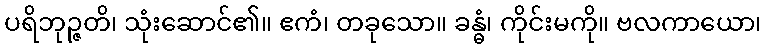
ပရိဘုဉ္ဇတိ၊ သုံးဆောင်၏။ ဧကံ၊ တခုသော။ ခန္ဓံ၊ ကိုင်းမကို။ ဗလကာယော၊